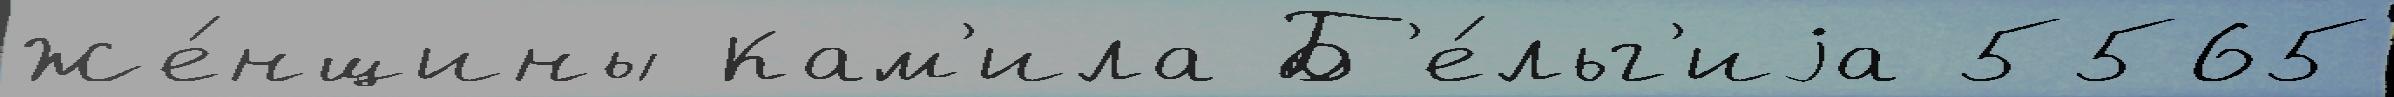
Же́нщины Кам'ила Б'е́льг'иjа 5565